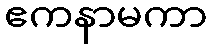
ဧကနာမကာ